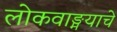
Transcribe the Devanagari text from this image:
लोकवाङ्मयाचे